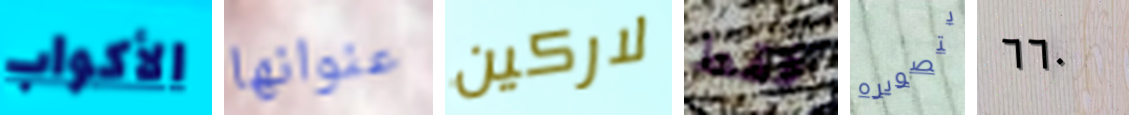
الأكواب عنوانها لاركين فقط بتصويره ٦٦٠